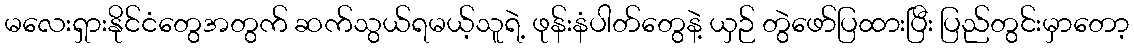
မလေးရှားနိုင်ငံတွေအတွက် ဆက်သွယ်ရမယ့်သူရဲ့ ဖုန်းနံပါတ်တွေနဲ့ ယှဉ် တွဲဖော်ပြထားပြီး ပြည်တွင်းမှာတော့